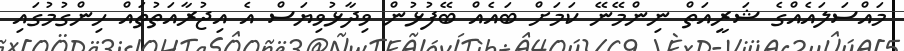
މައްސަލައެއްގެ ޝަރީއަތް ނިންމޭނޭ ކަމަށް ބައެއް ބޭފުޅުން ވިދާޅުވިޔަސް އެ އިޖުރާއަތުތައް ހިންގުމުގައި